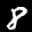
Label: 8